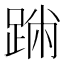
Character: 𨂅